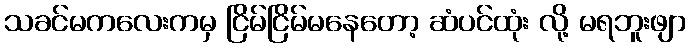
သခင်မကလေးကမှ ငြိမ်ငြိမ်မနေတော့ ဆံပင်ထုံး လို့ မရဘူးဖျာ